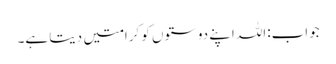
جواب:اللہ اپنے دوستوں کو کرامتیں دیتا ہے۔